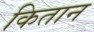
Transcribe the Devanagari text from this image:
कितान